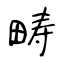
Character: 畴